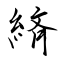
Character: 緕